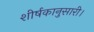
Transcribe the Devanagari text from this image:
शीर्षकानुसारी।